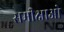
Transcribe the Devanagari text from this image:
समीक्षाओ